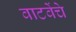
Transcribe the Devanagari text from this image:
वाटवेंचे